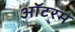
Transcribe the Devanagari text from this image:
ऑटरम